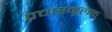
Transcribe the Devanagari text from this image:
प्रचारमूलक